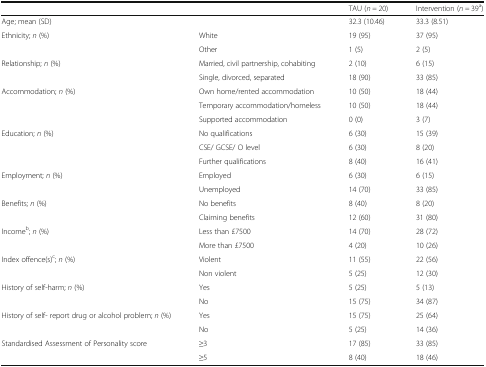
<table><thead><tr><td></td><td></td><td><b>TAU (<i>n =</i> 20)</b></td><td><b>Intervention (<i>n =</i> 39<sup>a</sup>)</b></td></tr></thead><tbody><tr><td>Age; mean (SD)</td><td></td><td>32.3 (10.46)</td><td>33.3 (8.51)</td></tr><tr><td rowspan="2">Ethnicity; <i>n</i> (%)</td><td>White</td><td>19 (95)</td><td>37 (95)</td></tr><tr><td>Other</td><td>1 (5)</td><td>2 (5)</td></tr><tr><td rowspan="2">Relationship; <i>n</i> (%)</td><td>Married, civil partnership, cohabiting</td><td>2 (10)</td><td>6 (15)</td></tr><tr><td>Single, divorced, separated</td><td>18 (90)</td><td>33 (85)</td></tr><tr><td rowspan="3">Accommodation; <i>n</i> (%)</td><td>Own home/rented accommodation</td><td>10 (50)</td><td>18 (44)</td></tr><tr><td>Temporary accommodation/homeless</td><td>10 (50)</td><td>18 (44)</td></tr><tr><td>Supported accommodation</td><td>0 (0)</td><td>3 (7)</td></tr><tr><td rowspan="3">Education; <i>n</i> (%)</td><td>No qualifications</td><td>6 (30)</td><td>15 (39)</td></tr><tr><td>CSE/ GCSE/ O level</td><td>6 (30)</td><td>8 (20)</td></tr><tr><td>Further qualifications</td><td>8 (40)</td><td>16 (41)</td></tr><tr><td rowspan="2">Employment; <i>n</i> (%)</td><td>Employed</td><td>6 (30)</td><td>6 (15)</td></tr><tr><td>Unemployed</td><td>14 (70)</td><td>33 (85)</td></tr><tr><td rowspan="2">Benefits; <i>n</i> (%)</td><td>No benefits</td><td>8 (40)</td><td>8 (20)</td></tr><tr><td>Claiming benefits</td><td>12 (60)</td><td>31 (80)</td></tr><tr><td rowspan="2">Income<sup>b</sup>; <i>n</i> (%)</td><td>Less than £7500</td><td>14 (70)</td><td>28 (72)</td></tr><tr><td>More than £7500</td><td>4 (20)</td><td>10 (26)</td></tr><tr><td rowspan="2">Index offence(s)<sup>c</sup>; <i>n</i> (%)</td><td>Violent</td><td>11 (55)</td><td>22 (56)</td></tr><tr><td>Non violent</td><td>5 (25)</td><td>12 (30)</td></tr><tr><td rowspan="2">History of self-harm; <i>n</i> (%)</td><td>Yes</td><td>5 (25)</td><td>5 (13)</td></tr><tr><td>No</td><td>15 (75)</td><td>34 (87)</td></tr><tr><td rowspan="2">History of self- report drug or alcohol problem; <i>n</i> (%)</td><td>Yes</td><td>15 (75)</td><td>25 (64)</td></tr><tr><td>No</td><td>5 (25)</td><td>14 (36)</td></tr><tr><td>Standardised Assessment of Personality score</td><td>≥3</td><td>17 (85)</td><td>33 (85)</td></tr><tr><td></td><td>≥5</td><td>8 (40)</td><td>18 (46)</td></tr></tbody></table>